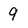
Character: 9